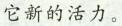
它新的活力。